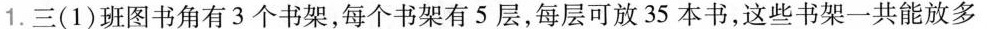
1.三(1)班图书角有3个书架，每个书架有5层，每层可放35本书，这些书架一共能放多